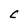
Character: C